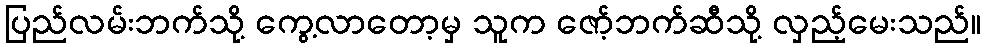
ပြည်လမ်းဘက်သို့ ကွေ့လာတော့မှ သူက ဇော့်ဘက်ဆီသို့ လှည့်မေးသည်။